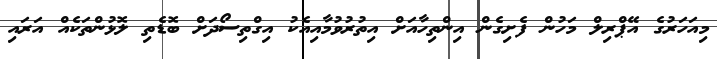
މިއަހަރުގެ އޭޕްރިލް މަހުން ފެށިގެން އިންތިހާއަށް އިތުރުވުމާއިއެކު އިގްތިސޯދަށް ބޮޑެތި ލޮޅުންތަކެއް އަރައި